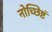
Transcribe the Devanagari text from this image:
नोच्छिष्टं